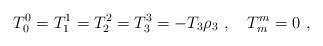
LaTeX: \begin{align*}T_0^0 = T_1^1 = T_2^2 = T_3^3 = -T_3\rho_3\ ,\quad T_m^m = 0\ ,\end{align*}